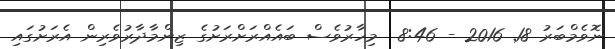
ނޮވެމްބަރު 18